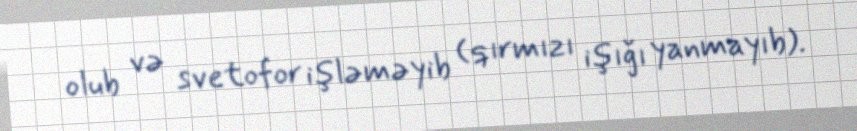
olub və svetofor işləməyib (qırmızı işığı yanmayıb).